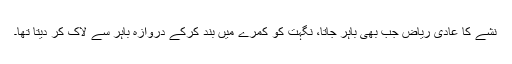
نشے کا عادی ریاض جب بھی باہر جاتا، نگہت کو کمرے میں بند کرکے دروازہ باہر سے لاک کر دیتا تھا۔